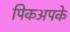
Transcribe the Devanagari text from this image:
पिकअपके